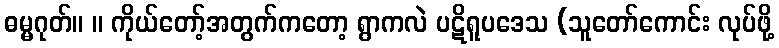
ဓမ္မဂုတ်။ ။ ကိုယ်တော့်အတွက်ကတော့ ရွာကလဲ ပဋိရူပဒေသ (သူတော်ကောင်း လုပ်ဖို့